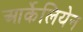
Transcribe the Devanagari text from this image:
आर्केलियेन